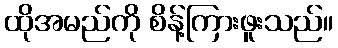
ထိုအမည်ကို စိန့်ကြားဖူးသည်။